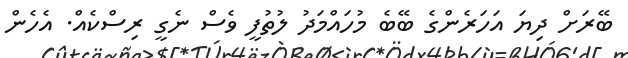
ބޭރަށް ދިޔަ އަހަރެންގެ ބޭބެ މުހައްމަދު ލުތުފީ ވެސް ނެގީ ރިސްކެއް. އެހެން